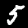
Label: 5